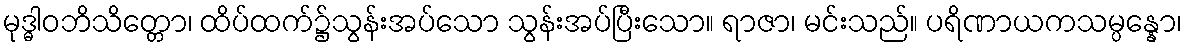
မုဒ္ဓါဝဘိသိတ္တော၊ ထိပ်ထက်၌သွန်းအပ်သော သွန်းအပ်ပြီးသော။ ရာဇာ၊ မင်းသည်။ ပရိဏာယကသမ္ပန္နော၊